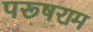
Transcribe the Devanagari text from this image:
परूषराम